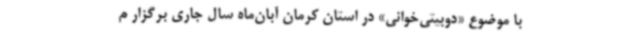
با موضوع «دوبیتی‌خوانی» در استان کرمان آبان‌ماه سال جاری برگزار م